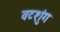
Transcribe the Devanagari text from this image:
वटशुंग